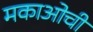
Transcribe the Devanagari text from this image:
मकाओची